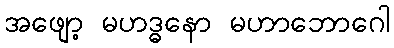
အဖျော့ မဟဒ္ဓနော မဟာဘောဂေါ